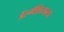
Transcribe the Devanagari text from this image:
डॅल्मॅशियाला